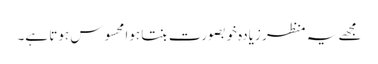
مجھے یہ منظر زیادہ خوبصورت بنتا ہوا محسوس ہوتا ہے۔